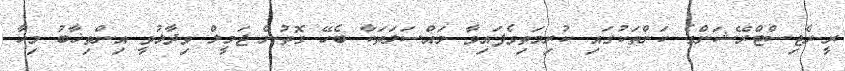
ރީ-ރެޖިސްޓްރޭޝަންގެ ކަންތަކުގައި ކުރިމަތިވެފައިވާ މައްސަލަތަކާ ބެހޭ ގޮތުން ޖަމީލް ވިދާޅުވީ އިންތިޚާބު މިހާ